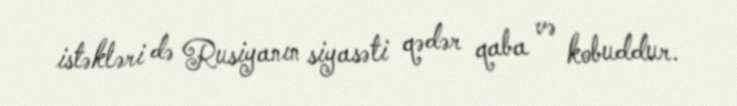
istəkləri də Rusiyanın siyasəti qədər qaba və kobuddur.